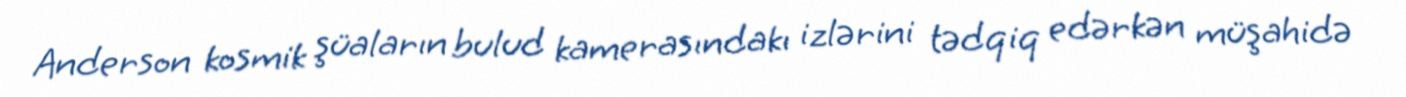
Anderson kosmik şüaların bulud kamerasındakı izlərini tədqiq edərkən müşahidə